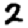
Digit: 2